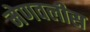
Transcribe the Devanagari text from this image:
मेणवलीस